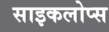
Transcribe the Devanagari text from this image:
साइकलोप्स